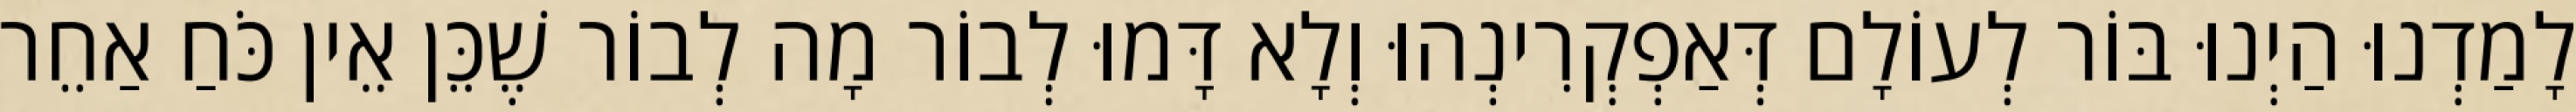
לָמַדְנוּ הַיְנוּ בּוֹר לְעוֹלָם דְּאַפְקְרִינְהוּ וְלָא דָּמוּ לְבוֹר מָה לְבוֹר שֶׁכֵּן אֵין כֹּחַ אַחֵר